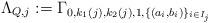
LaTeX: \begin{align*}\Lambda_{Q,j}:=\Gamma_{0, k_1(j), k_2(j),1,\{(a_i,b_i)\}_{i \in I_j}}\end{align*}